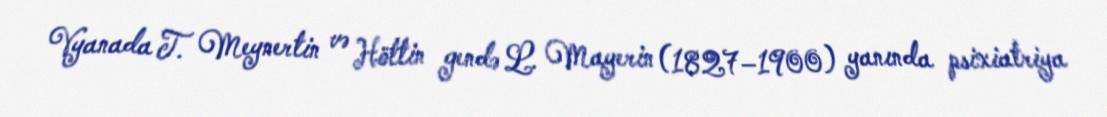
Vyanada T. Meynertin və Höttin gendə L. Mayerin (1827–1900) yanında psixiatriya